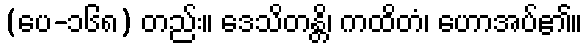
(ပေ-၁၆၈) တည်း။ ဒေသိတန္တိ၊ ကထိတံ၊ ဟောအပ်၏။